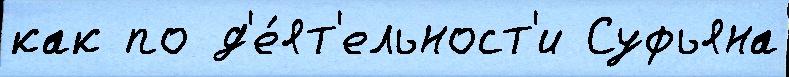
как по д'е́ят'ельност'и Суфьяна